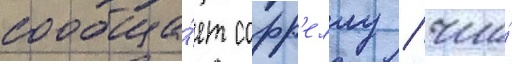
сообща́ет сорр'еллу / что́